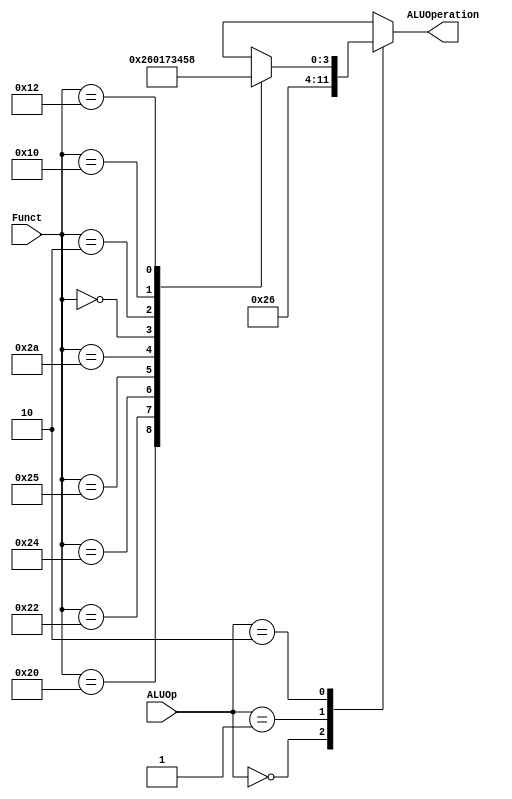
/*
	Title:	ALU Control Unit
	Author: Garfield (Computer System and Architecture Lab, ICE, CYCU)
	Input Port
		1. ALUOp: aluOn+O-OLO
		2. Funct: pGOLOho6XP_
	Output Port
		1. ALUOperation: XO
*/

module alu_ctl(ALUOp, Funct, ALUOperation);
    input [1:0] ALUOp;
    input [5:0] Funct;
    output [3:0] ALUOperation;
    reg    [3:0] ALUOperation;

    // symbolic constants for instruction function code
    parameter F_add = 6'd32;
    parameter F_sub = 6'd34;
    parameter F_and = 6'd36;
    parameter F_or  = 6'd37;
    parameter F_slt = 6'd42;
	parameter F_sll = 6'd0 ;
	parameter F_srl = 6'd2 ;
	parameter F_mfhi = 6'd16 ;
    parameter F_mflo = 6'd18 ;

    // symbolic constants for ALU Operations
    parameter ALU_and = 4'b0000;
    parameter ALU_or  = 4'b0001;
    parameter ALU_add = 4'b0010;
    parameter ALU_sll  = 4'b0011;
    parameter ALU_srl = 4'b0100;
    parameter ALU_mfhi  = 4'b0101;
    parameter ALU_sub = 4'b0110;
    parameter ALU_slt = 4'b0111;
    parameter ALU_mflo = 4'b1000;
    always @(ALUOp or Funct)
    begin
        case (ALUOp) 
            2'b00 : ALUOperation = ALU_add;
            2'b01 : ALUOperation = ALU_sub;
            2'b10 : case (Funct) 
                        F_add : ALUOperation = ALU_add;
                        F_sub : ALUOperation = ALU_sub;
                        F_and : ALUOperation = ALU_and;
                        F_or  : ALUOperation = ALU_or;
                        F_slt : ALUOperation = ALU_slt;
						F_sll : ALUOperation = ALU_sll;
                        F_srl : ALUOperation = ALU_srl;
						F_mfhi : ALUOperation = ALU_mfhi;
                        F_mflo : ALUOperation = ALU_mflo;
                        default ALUOperation = 4'bxxx;
                    endcase
            default ALUOperation = 4'bxxx;
        endcase
    end
endmodule